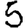
Digit: 5